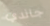
جاندي